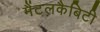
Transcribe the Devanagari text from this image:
मैंटलकैबिटी